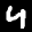
Label: 4